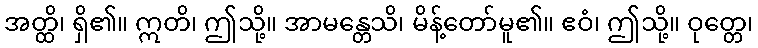
အတ္ထိ၊ ရှိ၏။ ဣတိ၊ ဤသို့။ အာမန္တေသိ၊ မိန့်တော်မူ၏။ ဧဝံ၊ ဤသို့။ ဝုတ္တေ၊